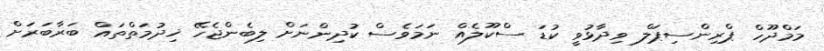
މަމްދޫހް ޕްރިންސިޕަލް ވިދާޅުވީ ކުޑަ ސްކޫލެއް ނަމަވެސް ކުދިންނަށް ލިބެންޖެހޭ ޚިދުމަތްތައް ބަރާބަރަށް